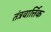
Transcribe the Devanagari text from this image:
तंत्रवार्त्तिक